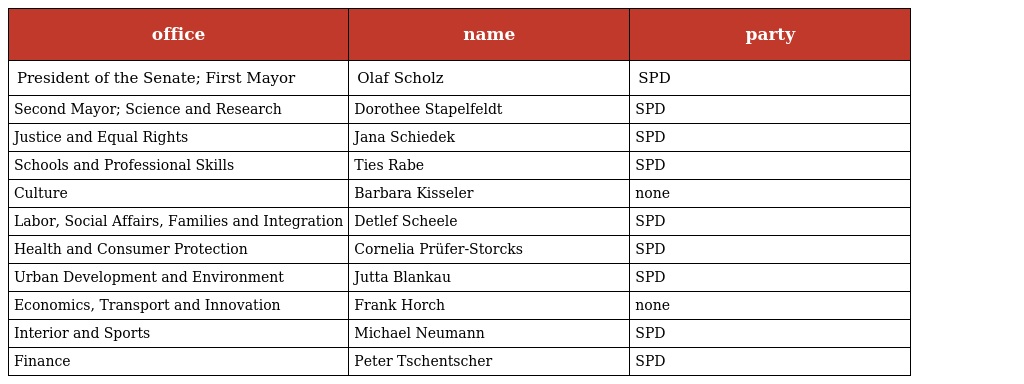
| office | name | party |
 | --- | --- | --- |
 | President of the Senate; First Mayor | Olaf Scholz | SPD |
 | Second Mayor; Science and Research | Dorothee Stapelfeldt | SPD |
 | Justice and Equal Rights | Jana Schiedek | SPD |
 | Schools and Professional Skills | Ties Rabe | SPD |
 | Culture | Barbara Kisseler | none |
 | Labor, Social Affairs, Families and Integration | Detlef Scheele | SPD |
 | Health and Consumer Protection | Cornelia Prüfer-Storcks | SPD |
 | Urban Development and Environment | Jutta Blankau | SPD |
 | Economics, Transport and Innovation | Frank Horch | none |
 | Interior and Sports | Michael Neumann | SPD |
 | Finance | Peter Tschentscher | SPD |